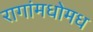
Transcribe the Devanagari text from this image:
रागांमधोमध